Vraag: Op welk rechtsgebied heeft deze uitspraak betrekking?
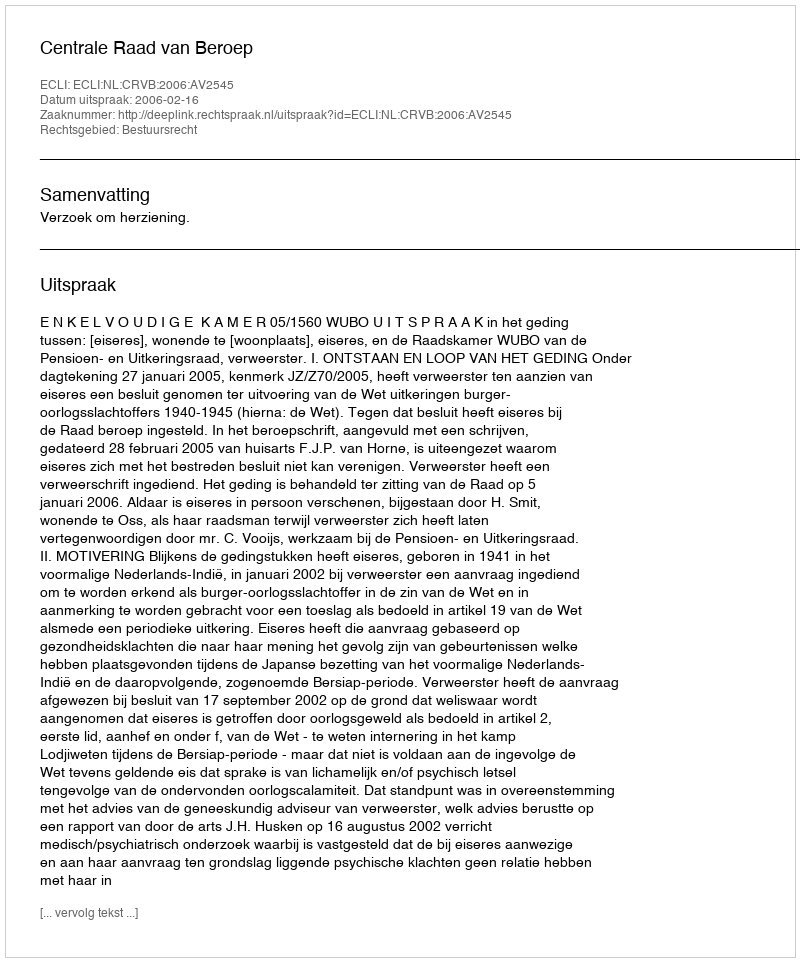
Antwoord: Bestuursrecht